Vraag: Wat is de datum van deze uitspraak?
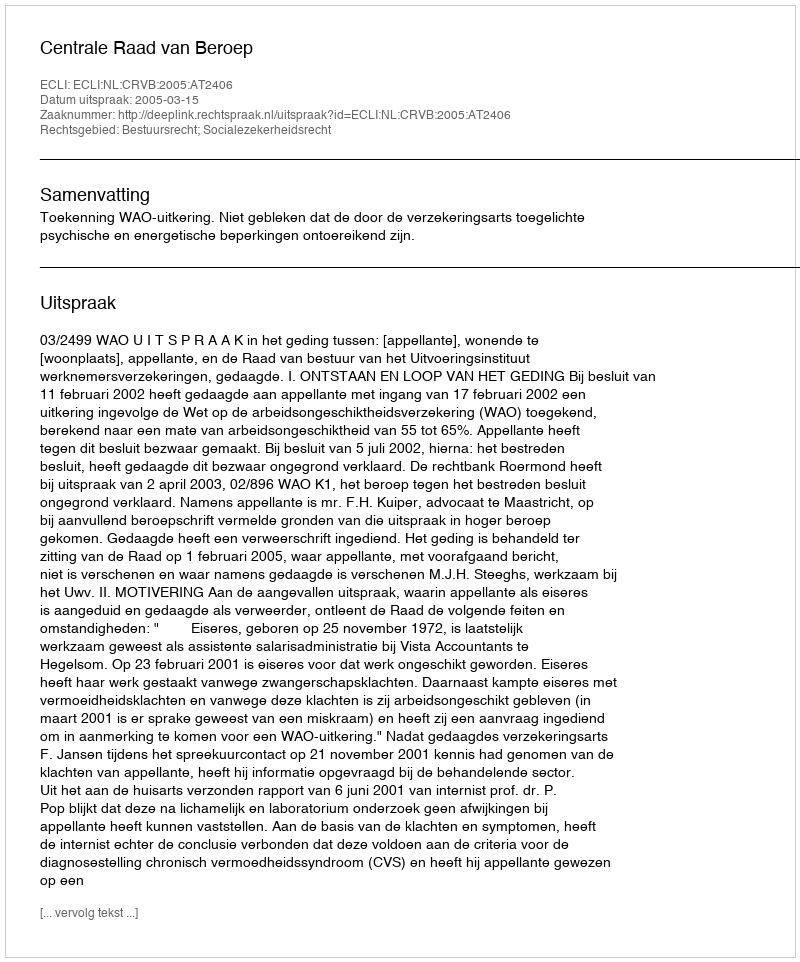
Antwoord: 2005-03-15